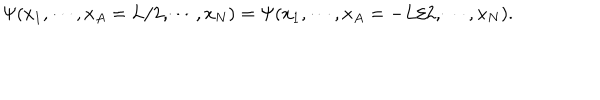
\Psi ( x _ { 1 } , \cdots , x _ { A } = L / 2 , \cdots , x _ { N } ) = \Psi ( x _ { 1 } , \cdots , x _ { A } = - L / 2 , \cdots , x _ { N } ) .